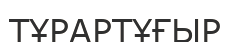
ТҰРАРТҰҒЫР